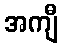
အကျီ